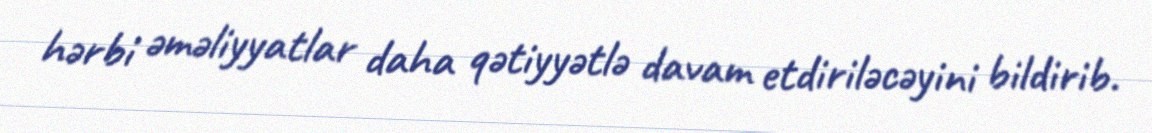
hərbi əməliyyatlar daha qətiyyətlə davam etdiriləcəyini bildirib.